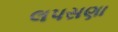
લપસણા